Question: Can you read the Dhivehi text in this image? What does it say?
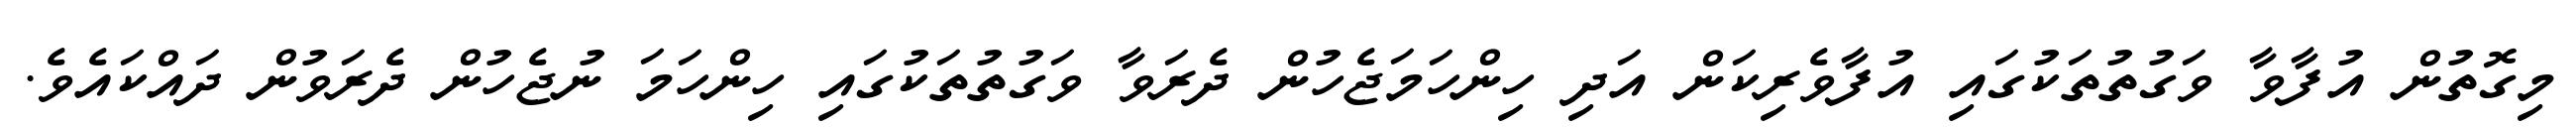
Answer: މިގޮތުން އުފާވާ ވަގުތުތަކުގައި އުފާވެރިކަން އަދި ހިންހަމަޖެހުން ދެރަވާ ވަގުތުތަކުގައި ހިންހަމަ ނުޖެހުން ދެރަވުން ދައްކައެވެ.